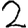
Digit: 2